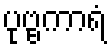
ပုဗ္ဗကာရံ